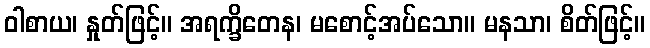
ဝါစာယ၊ နှုတ်ဖြင့်။ အရက္ခိတေန၊ မစောင့်အပ်သော။ မနသာ၊ စိတ်ဖြင့်။